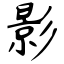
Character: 影